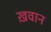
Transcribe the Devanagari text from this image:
ख़वान